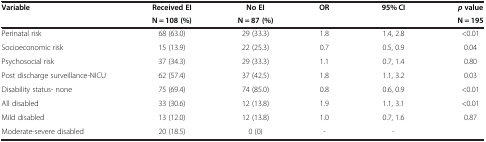
| <ROWSPAN=2> Variable | Received EI | No EI | <ROWSPAN=2> OR | <ROWSPAN=2> 95% CI | p value |
 | N = 108 (%) | N = 87 (%) | N = 195 |
 | --- | --- | --- | --- | --- | --- |
 | Perinatal risk | 68 (63.0) | 29 (33.3) | 1.8 | 1.4, 2.8 | <0.01 |
 | Socioeconomic risk | 15 (13.9) | 22 (25.3) | 0.7 | 0.5, 0.9 | 0.04 |
 | Psychosocial risk | 37 (34.3) | 29 (33.3) | 1.1 | 0.7, 1.4 | 0.80 |
 | Post discharge surveillance-NICU | 62 (57.4) | 37 (42.5) | 1.8 | 1.1, 3.2 | 0.03 |
 | Disability status- none | 75 (69.4) | 74 (85.0) | 0.8 | 0.6, 0.9 | <0.01 |
 | All disabled | 33 (30.6) | 12 (13.8) | 1.9 | 1.1, 3.1 | <0.01 |
 | Mild disabled | 13 (12.0) | 12 (13.8) | 1.0 | 0.7, 1.6 | 0.87 |
 | Moderate-severe disabled | 20 (18.5) | 0 (0) | - | - |  |